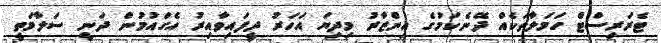
ޓެރަރިސްޓް ހަމަލާތަކެއް ދޭނެކަމުގެ އިންޒާރު މިދިޔަ އަހަރު ދީފައިވާއިރު އެގައުމުން ދަނީ ސަލާމަތީ